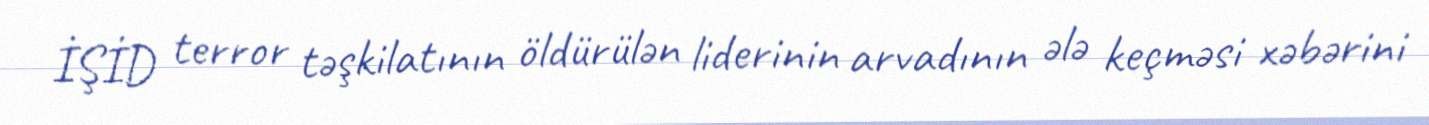
İŞİD terror təşkilatının öldürülən liderinin arvadının ələ keçməsi xəbərini